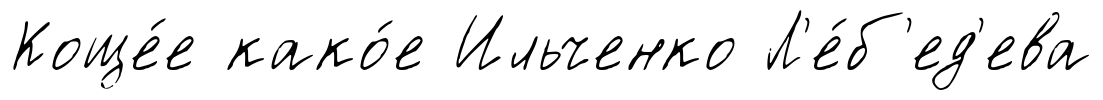
Коще́е како́е Ильченко Л'е́б'ед'ева